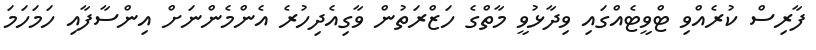
ފާރިސް ކުރެއްވި ޓްވީޓެއްގައި ވިދާޅުވީ މާތްގެ ހަޒްރަތުން ވާގިއެދިހުރެ އެންމެންނަށް އިންސާފާއި ހަމަހަމަ